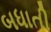
બધાતી